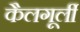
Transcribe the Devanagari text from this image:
कैलगूर्ली